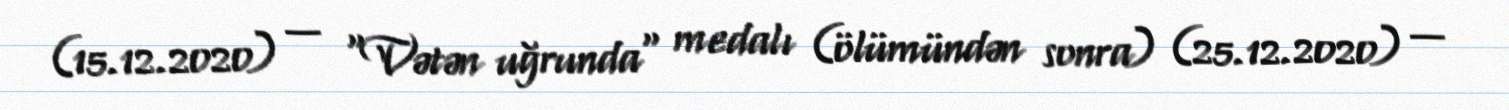
(15.12.2020) — "Vətən uğrunda" medalı (ölümündən sonra) (25.12.2020) —